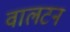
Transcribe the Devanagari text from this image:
वालटन